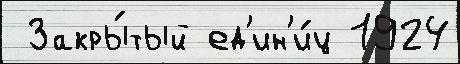
 Закры́тый ед'ин'и́ц 1924